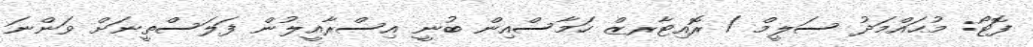
ފޮޓޯ: މުޙައްމަދު ސަލީމް / ރޮއިޓާރޒް ހަމާސްއިން ބުނީ އިސްރާއީލުން ފަލަސްތީނަށް ވަންނަ